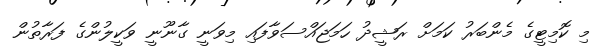
މި ކޮމިޓީގެ މެންބަރު ކަމަށް ރަޝީދު ހަަމަޖައްސަވާފައި މިވަނީ ގާނޫނީ ވަކީލުންގެ ފަރާތުން